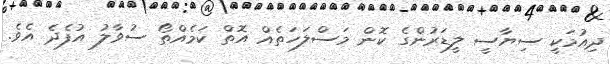
ދިއުމަކީ ސިޔާސީ ލީޑަރުންގެ ކޮން މަސްލަހަތެއް އޮތް ކަމެއްތޯ ސުވާލު އުފެދެ އެވެ.